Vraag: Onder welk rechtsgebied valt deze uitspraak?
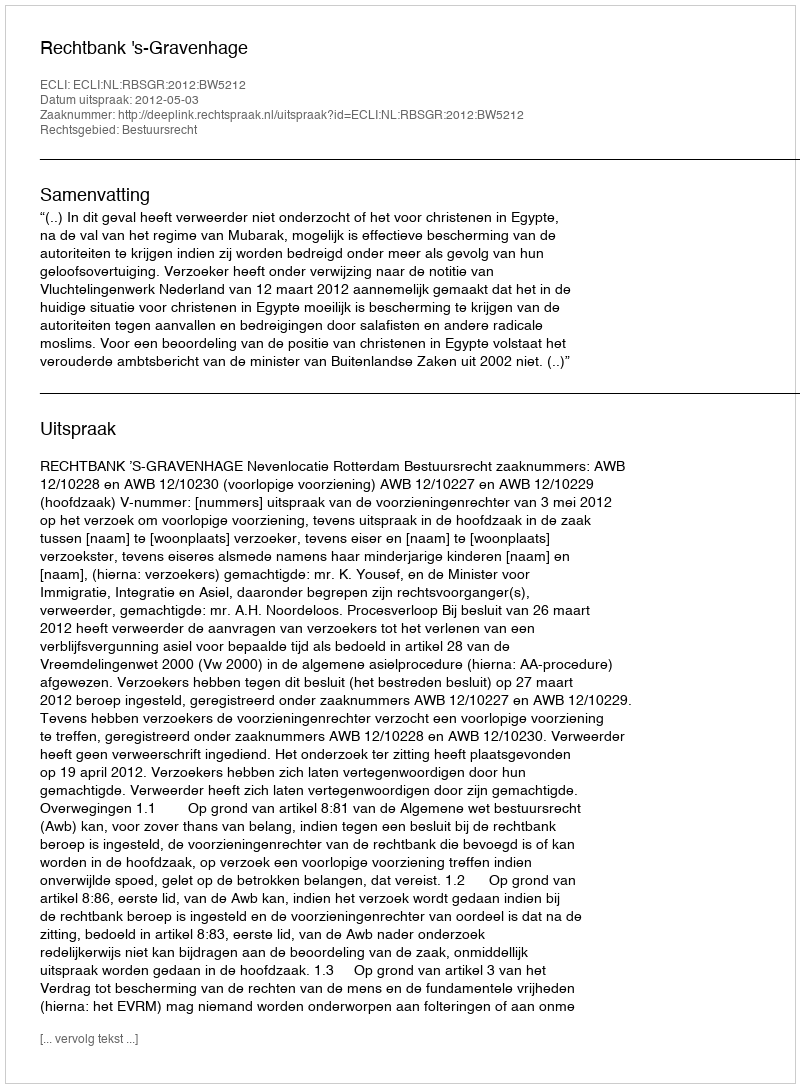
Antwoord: Bestuursrecht